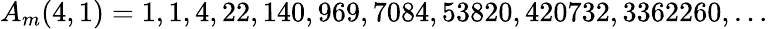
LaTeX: A_{m}(4,1)=1,1,4,22,140,969,7084,53820,420732,3362260,\ldots